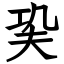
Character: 巬